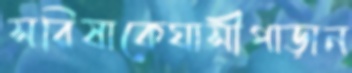
সরিষাকেঘাসীপাড়ান